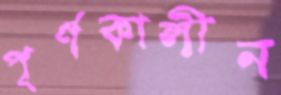
পূর্ণকালীন